Report on vaccination in the Province of Bengal - 1869-1873
Year: 1869
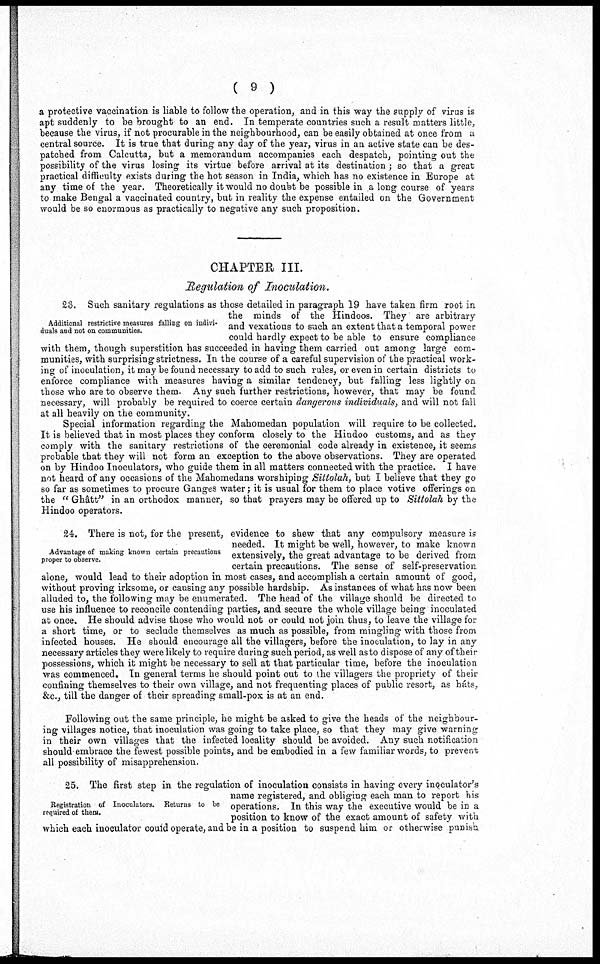
( 9 )
a protective vaccination is liable to follow the operation, and in this way the supply of virus is
apt suddenly to be brought to an end. In temperate countries such a result matters little,
because the virus, if not procurable in the neighbourhood, can be easily obtained at once from a
central source. It is true that during any day of the year, virus in an active state can be des-
patched from Calcutta, but a memorandum accompanies each despatch, pointing out the
possibility of the virus losing its virtue before arrival at its destination ; so that a great
practical difficulty exists during the hot season in India, which has no existence in Europe at
any time of the year. Theoretically it would no doubt be possible in ,a long course of years
to make Bengal a vaccinated country, but in reality the expense entailed on the Government
would be so enormous as practically to negative any such proposition.
CHAPTER III.
Regulation of Inoculation.
Additional restrictive measures falling on indivi-
duals and not on communities.
23. Such sanitary regulations as those detailed in paragraph 19 have taken firm root in
the minds of the Hindoos. They are arbitrary
and vexatious to such an extent that a temporal power
could hardly expect to be able to ensure compliance
with them, though superstition has succeeded in having them carried out among large com-
munities, with surprising strictness. In the course of a careful supervision of the practical work-
ing of inoculation, it may be found necessary to add to such rules, or even in certain districts to
enforce compliance with measures having a similar tendency, but falling less lightly on
those who are to observe them. Any such further restrictions, however, that may be found
necessary, will probably be required to coerce certain dangerous individuals, and will not fall
at all heavily on the community.
Special information regarding the Mahomedan population will require to be collected.
It is believed that in most places they conform closely to the Hindoo customs, and as they
comply with the sanitary restrictions of the ceremonial code already in existence, it seems
probable that they will not form an exception to the above observations. They are operated
on by Hindoo Inoculators, who guide them in all matters connected with the practice. I have
not heard of any occasions of the Mahomedans worshiping Sittolah, but I believe that they go
so far as sometimes to procure Ganges water; it is usual for them to place votive offerings on
the " Ghâtt" in an orthodox manner, so that prayers may be offered up to Sittolah by the
Hindoo operators.
Advantage of making known certain precautions
proper to observe.
24. There is not, for the present, evidence to shew that any compulsory measure is
needed. It might be well, however, to make known
extensively, the great advantage to be derived from
certain precautions. The sense of self-preservation
alone, would lead to their adoption in most cases, and accomplish a certain amount of good,
without proving irksome, or causing any possible hardship. As instances of what has now been
alluded to, the following may be enumerated. The head of the village should be directed to
use his influence to reconcile contending parties, and secure the whole village being inoculated
at once. He should advise those who would not or could not join thus, to leave the village for
a short time, or to seclude themselves as much as possible, from mingling with those from
infected houses. He should encourage all the villagers, before the inoculation, to lay in any
necessary articles they were likely to require during such period, as well as to dispose of any of their
possessions, which it might be necessary to sell at that particular time, before the inoculation
was commenced. In general terms he should point out to the villagers the propriety of their
confining themselves to their own village, and not frequenting places of public resort, as háts,
&c., till the danger of their spreading small-pox is at an end.
Following out the same principle, he might be asked to give the heads of the neighbour-
ing villages notice, that inoculation was going to take place, so that they may give warning
in their own villages that the infected locality should be avoided. Any such notification
should embrace the fewest possible points, and be embodied in a few familiar words, to prevent
all possibility of misapprehension.
Registration of Inoculators. Returns to be
required of them.
25. The first step in the regulation of inoculation consists in having every inoculator's
name registered, and obliging each man to report his
operations. In this way the executive would be in a
position to know of the exact amount of safety with
which each inoculator could operate, and be in a position to suspend him or otherwise punish